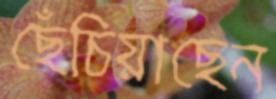
ছেঁচিয়াছেন